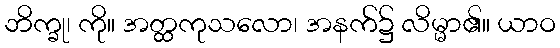
ဘိက္ခု၊ ကို။ အတ္ထကုသလော၊ အနက်၌ လိမ္မာ၏။ ယာဝ